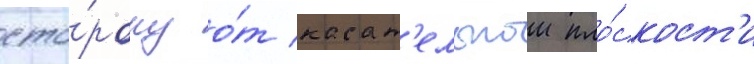
сто́рону о́т касат'ельнои пло́скост'и